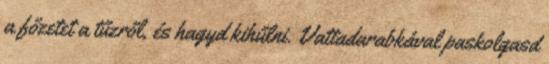
a főzetet a tűzről, és hagyd kihűlni. Vattadarabkával paskolgasd